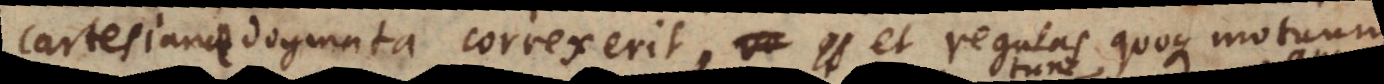
Cartesianae dogmata correxerit, et regulas quoque motuum